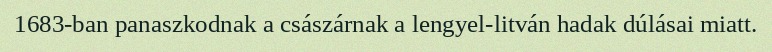
1683-ban panaszkodnak a császárnak a lengyel-litván hadak dúlásai miatt.